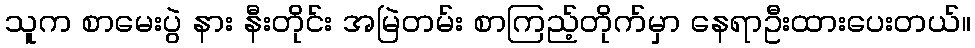
သူက စာမေးပွဲ နား နီးတိုင်း အမြဲတမ်း စာကြည့်တိုက်မှာ နေရာဦးထားပေးတယ်။